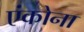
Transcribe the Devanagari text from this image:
एंकोना